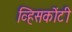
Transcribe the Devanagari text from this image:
व्हिसकोंटी